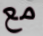
مع